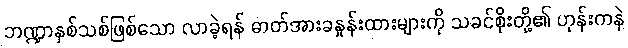
ဘဏ္ဍာနှစ်သစ်ဖြစ်သော လာခဲ့ရန် ဓာတ်အားခနှုန်းထားများကို သခင်စိုးတို့၏ ဟုန်းကနဲ